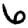
Digit: 6